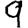
Digit: 9